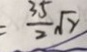
C = \frac { 3 5 } { 2 } \sqrt { 2 }